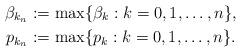
LaTeX: \begin{align*} \beta_{k_n} & := \max \{\beta_k : k=0,1,\ldots,n \}, \\p_{k_n} & := \max \{ p_k : k=0,1,\ldots,n \}.\end{align*}